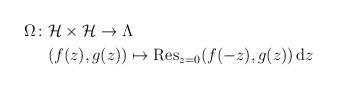
LaTeX: \begin{align*} \Omega \colon & \mathcal{H} \times \mathcal{H} \to \Lambda \\& ( f(z), g(z) ) \mapsto \operatorname{Res}_{z=0} ( f(-z),g(z)) \operatorname{d}\!z \end{align*}